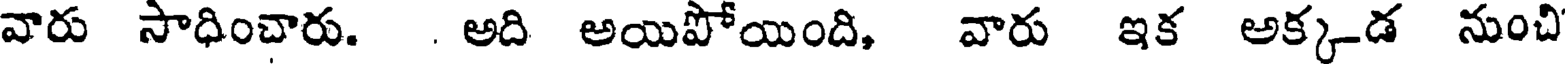
వారు సాధించారు. . అది అయిపోయింది, వారు ఇక అక్కడ నుంచి